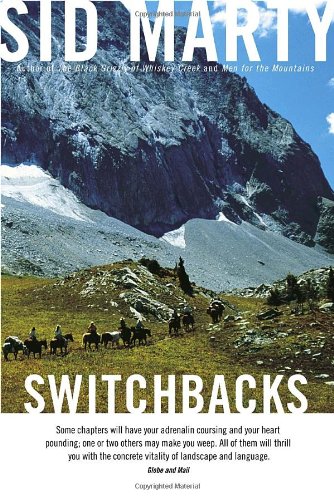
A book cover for Switchbacks: True Stories from the Canadian Rockies; Sid Marty; Biographies & Memoirs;